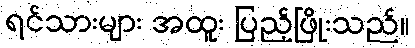
ရင်သားများ အထူး ပြည့်ဖြိုးသည်။